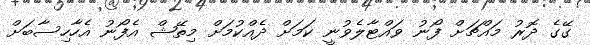
ގޭގެ ދޮރު މައްޗަށް ފޯނު ވައްޓާލެވުނީ ކަމަށް ދެއްކުމަށް މިތޭޝް އެފޯނު އެހާހިސާބަށް